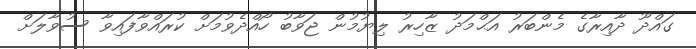
ގައްދޫ ދާއިރާގެ މެންބަރު އަޙްމަދު ޒާހިރު ލިޔުމުން ޖަވާބު ހޯއްދެވުމަށް ކުރައްވާފައިވާ ސުވާލަށް